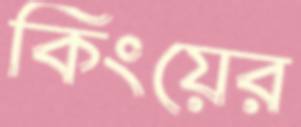
কিংয়ের